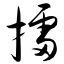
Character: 擂